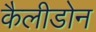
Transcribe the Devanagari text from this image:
कैलीडोन